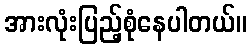
အားလုံးပြည့်စုံနေပါတယ်။